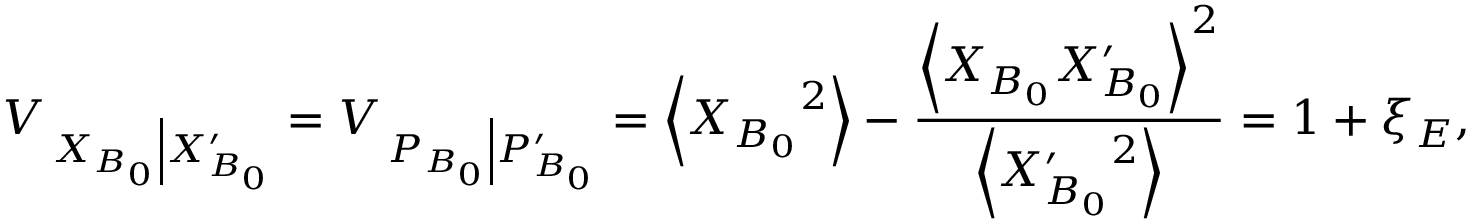
{ { V } _ { \left. { { X } _ { B _ { 0 } } } \right| X _ { B _ { 0 } } ^ { \prime } } } = { { V } _ { \left. { { P } _ { B _ { 0 } } } \right| P _ { B _ { 0 } } ^ { \prime } } } = \left\langle { { X } _ { B _ { 0 } } } ^ { 2 } \right\rangle - \frac { { { \left\langle { { X } _ { B _ { 0 } } } X _ { B _ { 0 } } ^ { \prime } \right\rangle } ^ { 2 } } } { \left\langle X { { _ { B _ { 0 } } ^ { \prime } } ^ { 2 } } \right\rangle } = 1 + { { \xi } _ { E } } ,